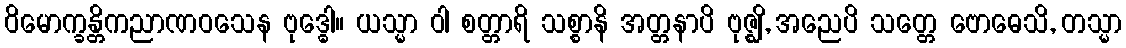
ဝိမောက္ခန္တိကညာဏဝသေန ဗုဒ္ဓေါ။ ယသ္မာ ဝါ စတ္တာရိ သစ္စာနိ အတ္တနာပိ ဗုဇ္ဈိ, အညေပိ သတ္တေ ဗောဓေသိ, တသ္မာ